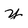
Character: y